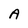
Character: A